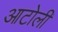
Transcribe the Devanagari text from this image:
आटोली